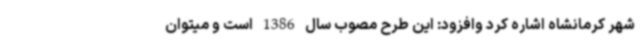
شهر کرمانشاه اشاره کرد وافزود: این طرح مصوب سال 1386 است و میتوان